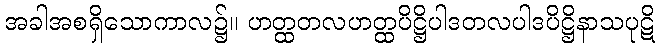
အခါအစရှိသောကာလ၌။ ဟတ္ထတလဟတ္ထပိဋ္ဌိပါဒတလပါဒပိဋ္ဌိနာသပုဋိ